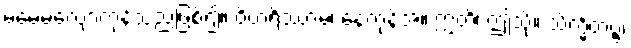
မမေ့မလျော့ကုန်သည်ဖြစ်၍။ ဝိဟရိဿာမ၊ နေကုန်အံ့။ ဣတိ၊ ဤသို့။ သိက္ခိတဗ္ဗံ၊